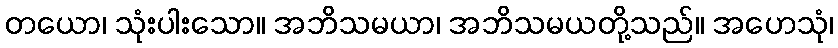
တယော၊ သုံးပါးသော။ အဘိသမယာ၊ အဘိသမယတို့သည်။ အဟေသုံ၊